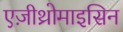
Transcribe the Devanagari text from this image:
एज़ीथ्रोमाइसिन